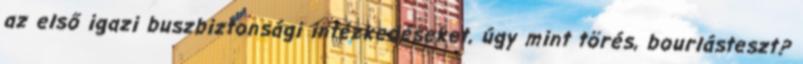
az első igazi buszbiztonsági intézkedéseket, úgy mint törés, bourlásteszt?